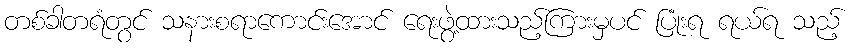
တစ်ခါတရံတွင် သနားစရာကောင်းအောင် ရေးဖွဲ့ထားသည့်ကြားမှပင် ပြုံးရ ရယ်ရ သည့်